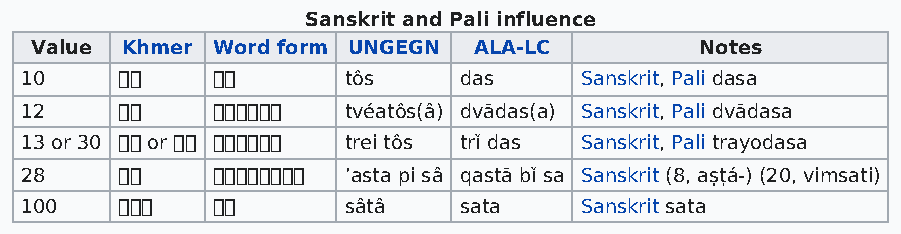
Sanskrit and Pali influence
 Value Khmer Word form UNGEGN ALA-LC         Notes
 10                tôs    das     Sanskrit, Pali dasa
 12            tvéatôs(â) dvādas(a) Sanskrit, Pali dvādasa
 13 or 30  or   trei tôs trǐ das Sanskrit, Pali trayodasa
 28          ’asta pi sâ qastā bǐ sa Sanskrit (8, aṣṭá-) (20, vimsati)
 100              sâtâ   sata    Sanskrit sata